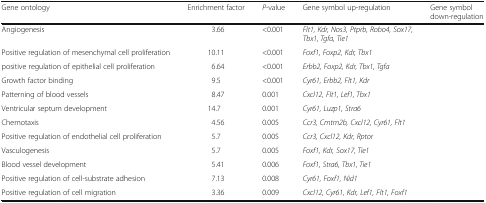
| Gene ontology | Enrichment factor | P-value | Gene symbol up-regulation | Gene symbol down-regulation |
 | --- | --- | --- | --- | --- |
 | Angiogenesis | 3.66 | <0.001 | Flt1, Kdr, Nos3, Ptprb, Robo4, Sox17, Tbx1, Tgfa, Tie1 |  |
 | Positive regulation of mesenchymal cell proliferation | 10.11 | <0.001 | Foxf1, Foxp2, Kdr, Tbx1 |  |
 | positive regulation of epithelial cell proliferation | 6.64 | <0.001 | Erbb2, Foxp2, Kdr, Tbx1, Tgfa |  |
 | Growth factor binding | 9.5 | <0.001 | Cyr61, Erbb2, Flt1, Kdr |  |
 | Patterning of blood vessels | 8.47 | 0.001 | Cxcl12, Flt1, Lef1, Tbx1 |  |
 | Ventricular septum development | 14.7 | 0.001 | Cyr61, Luzp1, Stra6 |  |
 | Chemotaxis | 4.56 | 0.005 | Ccr3, Cmtm2b, Cxcl12, Cyr61, Flt1 |  |
 | Positive regulation of endothelial cell proliferation | 5.7 | 0.005 | Ccr3, Cxcl12, Kdr, Rptor |  |
 | Vasculogenesis | 5.7 | 0.005 | Foxf1, Kdr, Sox17, Tie1 |  |
 | Blood vessel development | 5.41 | 0.006 | Foxf1, Stra6, Tbx1, Tie1 |  |
 | Positive regulation of cell-substrate adhesion | 7.13 | 0.008 | Cyr61, Foxf1, Nid1 |  |
 | Positive regulation of cell migration | 3.36 | 0.009 | Cxcl12, Cyr61, Kdr, Lef1, Flt1, Foxf1 |  |